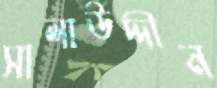
সালাউদ্দীন